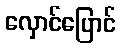
လှောင်ပြောင်